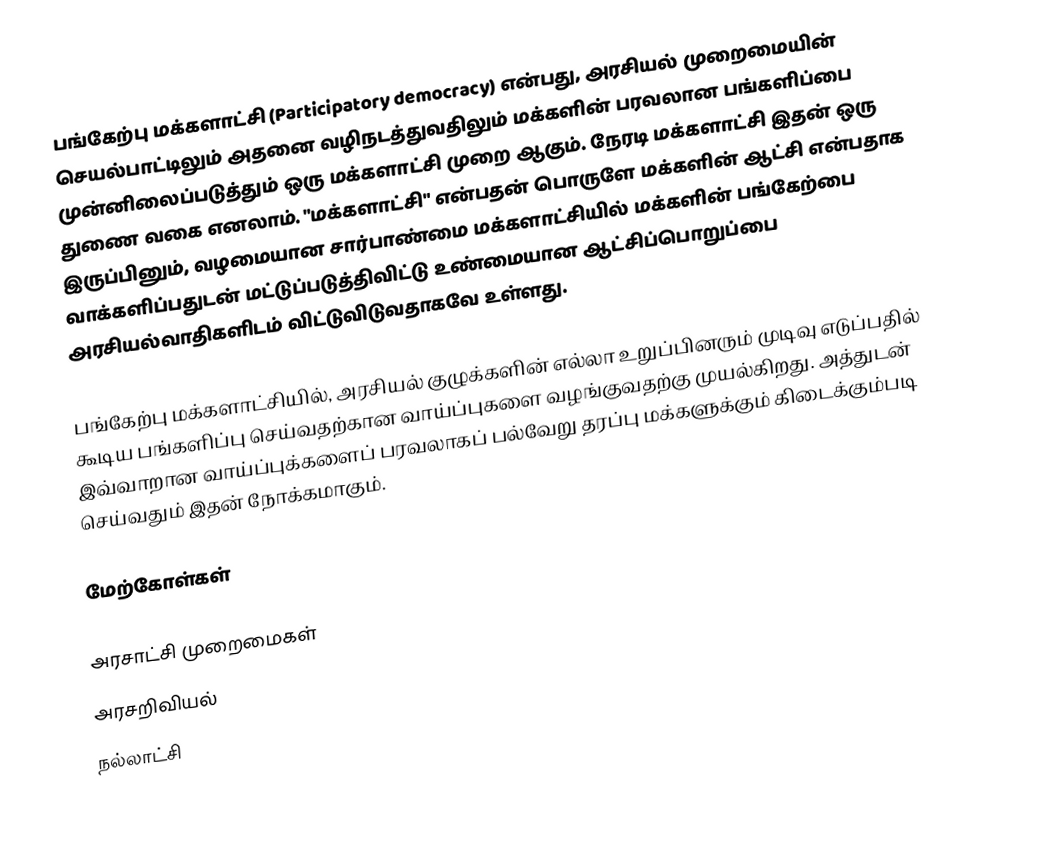
பங்கேற்பு மக்களாட்சி (Participatory democracy) என்பது, அரசியல் முறைமையின் செயல்பாட்டிலும் அதனை வழிநடத்துவதிலும் மக்களின் பரவலான பங்களிப்பை முன்னிலைப்படுத்தும் ஒரு மக்களாட்சி முறை ஆகும். நேரடி மக்களாட்சி இதன் ஒரு துணை வகை எனலாம். "மக்களாட்சி" என்பதன் பொருளே மக்களின் ஆட்சி என்பதாக இருப்பினும், வழமையான சார்பாண்மை மக்களாட்சியில் மக்களின் பங்கேற்பை வாக்களிப்பதுடன் மட்டுப்படுத்திவிட்டு உண்மையான ஆட்சிப்பொறுப்பை அரசியல்வாதிகளிடம் விட்டுவிடுவதாகவே உள்ளது.

பங்கேற்பு மக்களாட்சியில், அரசியல் குழுக்களின் எல்லா உறுப்பினரும் முடிவு எடுப்பதில் கூடிய பங்களிப்பு செய்வதற்கான வாய்ப்புகளை வழங்குவதற்கு முயல்கிறது. அத்துடன் இவ்வாறான வாய்ப்புக்களைப் பரவலாகப் பல்வேறு தரப்பு மக்களுக்கும் கிடைக்கும்படி செய்வதும் இதன் நோக்கமாகும்.

மேற்கோள்கள்

அரசாட்சி முறைமைகள்
அரசறிவியல்
நல்லாட்சி